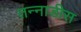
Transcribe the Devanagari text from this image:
तन्नाडीस